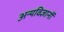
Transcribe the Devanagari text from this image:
अन्यविज्ञानों